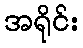
အရိုင်း